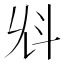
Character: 𣁭